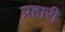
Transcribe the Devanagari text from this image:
प्रहारी